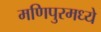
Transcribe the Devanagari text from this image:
मणिपुरमध्ये